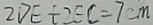
2 D E + 2 E C = 7 c m